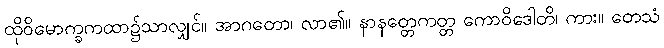
ထိုဝိမောက္ခကထာ၌သာလျှင်။ အာဂတော၊ လာ၏။ နာနတ္တေကတ္တ ကောဝိဒေါတိ၊ ကား။ တေသံ